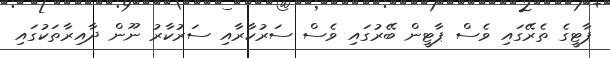
ޕާޓީގެ ތެރޭގައި ވެސް ޕާޓީން ބޭރުގައި ވެސް ސަރުކާރާއި ސަރުކާރު ނޫން ދާއިރާތަކުގައި